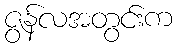
ဇွန်လအတွင်းက